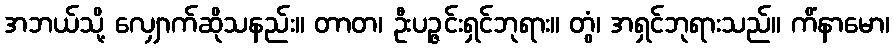
အဘယ်သို့ လျှောက်ဆိုသနည်း။ တာတ၊ ဦးပဉ္ဇင်းရှင်ဘုရား။ တွံ၊ အရှင်ဘုရားသည်။ ကိံနာမော၊